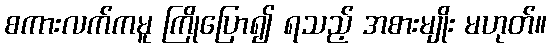
စကားလက်ကမူ ကြိုပြော၍ ရသည့် အစားမျိုး မဟုတ်။